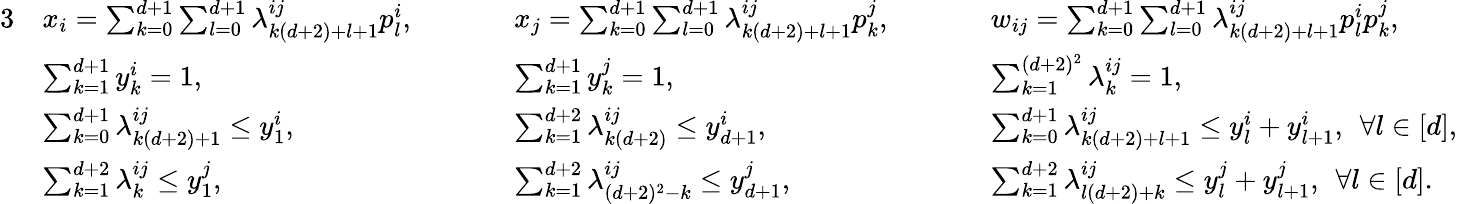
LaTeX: \begin{array}{rlrlrl}{{3}}&{x_{i}=\sum_{k=0}^{d+1}\sum_{l=0}^{d+1}\lambda_{k(d+2)+l+1}^{ij}p_{l}^{i},\quad\: \: \: }&&{x_{j}=\sum_{k=0}^{d+1}\sum_{l=0}^{d+1}\lambda_{k(d+2)+l+1}^{ij}p_{k}^{j},\quad\: \: \: }&&{w_{ij}=\sum_{k=0}^{d+1}\sum_{l=0}^{d+1}\lambda_{k(d+2)+l+1}^{ij}p_{l}^{i}p_{k}^{j},}\\ &{\sum_{k=1}^{d+1}y_{k}^{i}=1,}&&{\sum_{k=1}^{d+1}y_{k}^{j}=1,}&&{\sum_{k=1}^{(d+2)^{2}}\lambda_{k}^{ij}=1,}\\ &{\sum_{k=0}^{d+1}\lambda_{k(d+2)+1}^{ij}\leq y_{1}^{i},}&&{\sum_{k=1}^{d+2}\lambda_{k(d+2)}^{ij}\leq y_{d+1}^{i},}&&{\sum_{k=0}^{d+1}\lambda_{k(d+2)+l+1}^{ij}\leq y_{l}^{i}+y_{l+1}^{i},\: \: \forall l\in[d],}\\ &{\sum_{k=1}^{d+2}\lambda_{k}^{ij}\leq y_{1}^{j},}&&{\sum_{k=1}^{d+2}\lambda_{(d+2)^{2}-k}^{ij}\leq y_{d+1}^{j},}&&{\sum_{k=1}^{d+2}\lambda_{l(d+2)+k}^{ij}\leq y_{l}^{j}+y_{l+1}^{j},\: \: \forall l\in[d].}\end{array}